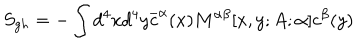
LaTeX: S _ { g h } = - \int d ^ { 4 } x d ^ { 4 } y \overline { { { c } } } ^ { \alpha } ( x ) M ^ { \alpha \beta } [ x , y ; A ; \alpha ] c ^ { \beta } ( y )